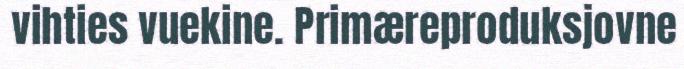
vihties vuekine. Primæreproduksjovne